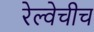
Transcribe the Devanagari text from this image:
रेल्वेचीच